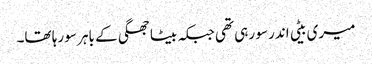
میری بیٹی اندر سو رہی تھی جبکہ بیٹا جھگی کے باہر سو رہا تھا۔